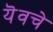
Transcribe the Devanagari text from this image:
यॆवचे